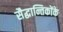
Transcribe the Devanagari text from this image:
सैद्धान्तिकोंके